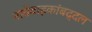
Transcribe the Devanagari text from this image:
नातेवाइकांबद्दल